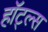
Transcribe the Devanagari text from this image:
हॉट्ल्स